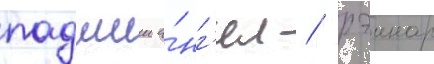
падшии а́нг'ел / рэинар